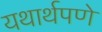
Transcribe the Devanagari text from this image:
यथार्थपणे